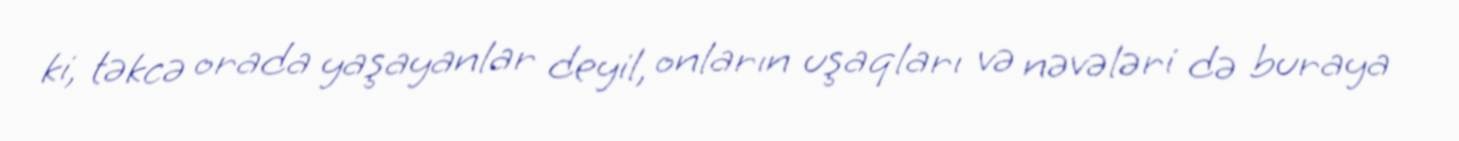
ki, təkcə orada yaşayanlar deyil, onların uşaqları və nəvələri də buraya